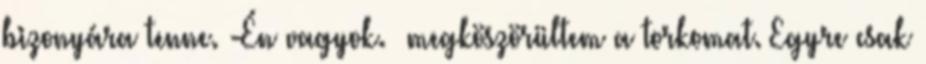
bizonyára tenne. -Én vagyok. –megköszörültem a torkomat. Egyre csak